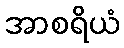
အာစရိယံ